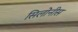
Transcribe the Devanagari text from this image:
सिलोनीस